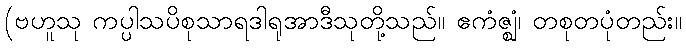
(ဗဟူသု ကပ္ပါသပိစုသာရဒါရုအာဒီသုတို့သည်။ ဧကံဇ္ဈံ၊ တစုတပုံတည်း။